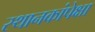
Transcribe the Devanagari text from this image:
स्थानकांपेक्षा